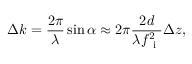
\Delta k = \frac { 2 \pi } { \lambda } \sin \alpha \approx 2 \pi \frac { 2 d } { \lambda f _ { \mathrm { ~ i ~ } } ^ { 2 } } \Delta z ,